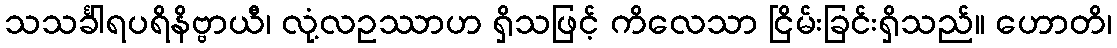
သသင်္ခါရပရိနိဗ္ဗာယီ၊ လုံ့လဥဿာဟ ရှိသဖြင့် ကိလေသာ ငြိမ်းခြင်းရှိသည်။ ဟောတိ၊